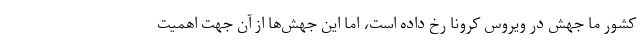
کشور ما جهش در ویروس کرونا رخ داده است، اما این جهش‌ها از آن جهت اهمیت